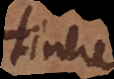
tinere